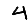
Digit: 4